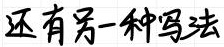
还有另一种写法